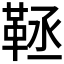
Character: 𩊨